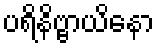
ပရိနိဗ္ဗာယိနော